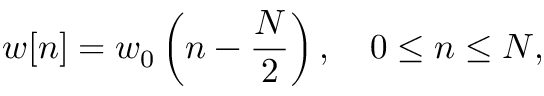
w [ n ] = w _ { 0 } \left( n - { \frac { N } { 2 } } \right) , \quad 0 \leq n \leq N ,